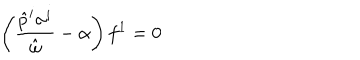
\left( \frac { \hat { p } ^ { i } \sigma ^ { i } } { \hat { \omega } } - \alpha \right) f ^ { 1 } = 0